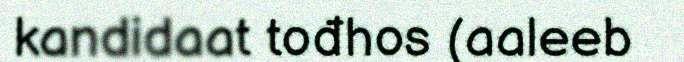
kandidaat tođhos (aaleeb